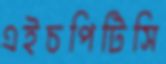
এইচপিটিসি